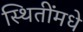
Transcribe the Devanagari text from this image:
स्थितींमधे